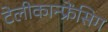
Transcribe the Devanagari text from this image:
टेलीकान्फ्रेंसिग